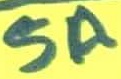
Text: 5A